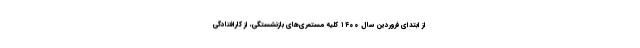
از ابتدای فروردین سال ۱۴۰۰ کلیه مستمری‌های بازنشستگی، از کارافتادگی